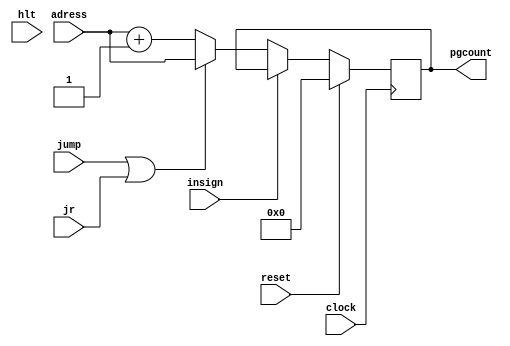
module Program_Counter (clock, adress, reset, hlt, pgcount, jump, jr, insign);

	input clock, reset, hlt, jump, jr, insign;
	input[9:0]adress;
	output reg [9:0]pgcount;  
	
	wire [9:0]  newValue;
	assign newValue = adress;

	
	always @(posedge clock) begin 
						
			if(reset) begin
				pgcount = 0;
			end
			
			else if(insign ==1) begin

			end
			
			else if((jump==1) || (jr==1)) 
				pgcount <= newValue;
			
	
			else begin
				pgcount <= adress + 1;
			end
	
		end
	

endmodule